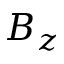
B _ { z }